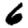
Digit: 6